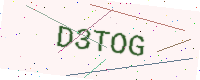
Text: D3TOG